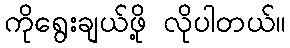
ကိုရွေးချယ်ဖို့ လိုပါတယ်။